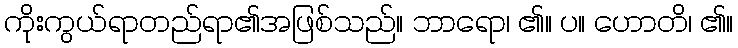
ကိုးကွယ်ရာတည်ရာ၏အဖြစ်သည်။ ဘာရော၊ ၏။ ပ။ ဟောတိ၊ ၏။